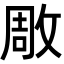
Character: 𭣶